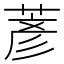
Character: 𫈱